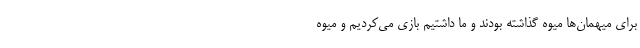
برای میهمان‌ها میوه گذاشته بودند و ما داشتیم بازی می‌کردیم و میوه